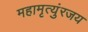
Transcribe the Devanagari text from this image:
महामृत्युंरजय